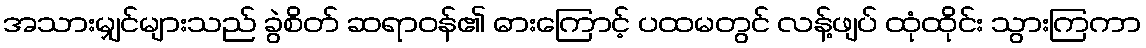
အသားမျှင်များသည် ခွဲစိတ် ဆရာဝန်၏ ဓားကြောင့် ပထမတွင် လန့်ဖျပ် ထုံထိုင်း သွားကြကာ